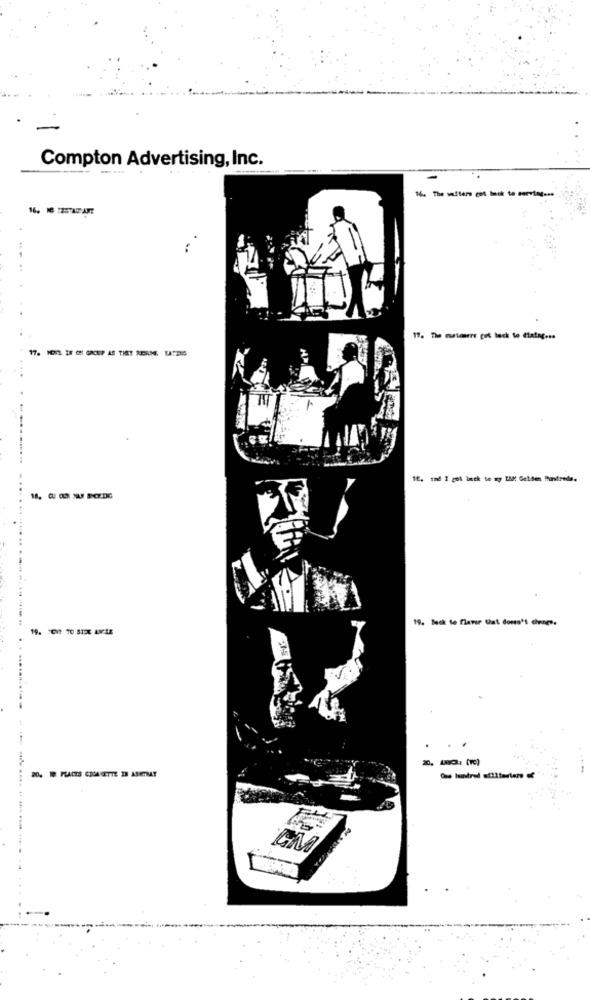
Compton Advertising, Inc.
16. The sellers get back to serving ...
17. The muterre pol lack to dlatag ...
16. sad I got back to ay LAM Gelden Thuntres.
19. Beck te flamer that don't change.
.
20. 18Q: (rc)
20.
PLACES CIGARETTE IN ASHTRAY
----- --.